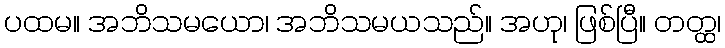
ပထမ။ အဘိသမယော၊ အဘိသမယသည်။ အဟု၊ ဖြစ်ပြီ။ တတ္ထ၊